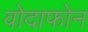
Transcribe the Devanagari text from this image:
वोदाफोन